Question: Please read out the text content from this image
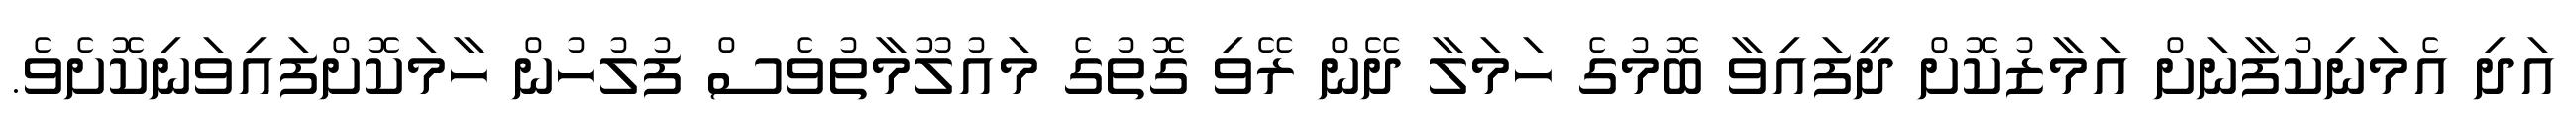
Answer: އަދި އެމަނިކުފާނަށް އަމާޒުކޮށް ދީފައިވާ ބޮމުގެ ހަމަލާ ދޭން ރޭވި ގޮތުގެ މައުލޫމާތުވެސް ފުލުހުން ހާމަކޮށްފައިވަނިކޮށެވެ.